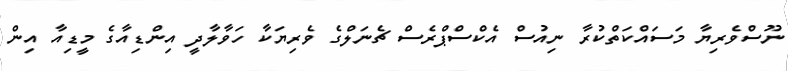
ނޫސްވެރިޔާ މަސައްކަތްކުރާ ނިއުސް އެކްސްޕްރެސް ޗެނަލްގެ ވެރިޔަކާ ހަވާލާދީ އިންޑިއާގެ މީޑިއާ އިން